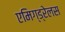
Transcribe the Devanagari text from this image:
एमिग्ड्रेलस